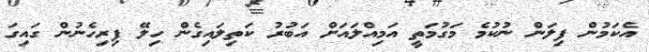
އެކަމުން ފިލަން ނުކުމެ މަގުމަތީ އަމިއްލައަށް އަބުރު ކަތިލައިގެން ހިލޭ ފިރިހެނުން ގައިގަ